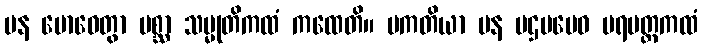
ပန ဗောဓေတွာ ပစ္ဆာ သမ္မုတိကထံ ကထေတိ။ ပကတိယာ ပန ပဌမမေဝ ပရမတ္ထကထံ